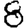
Digit: 8